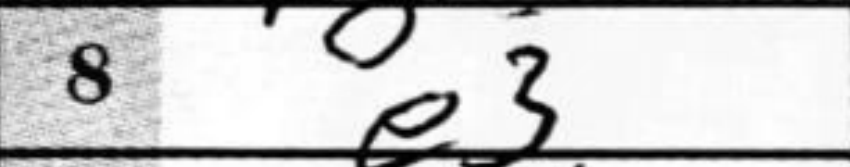
Transcription: e3